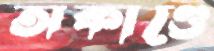
অকাণ্ডে